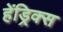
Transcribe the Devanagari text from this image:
हेंड्रिक्‍स